Report of the Imperial Institute of Veterinary Research, Muktesar
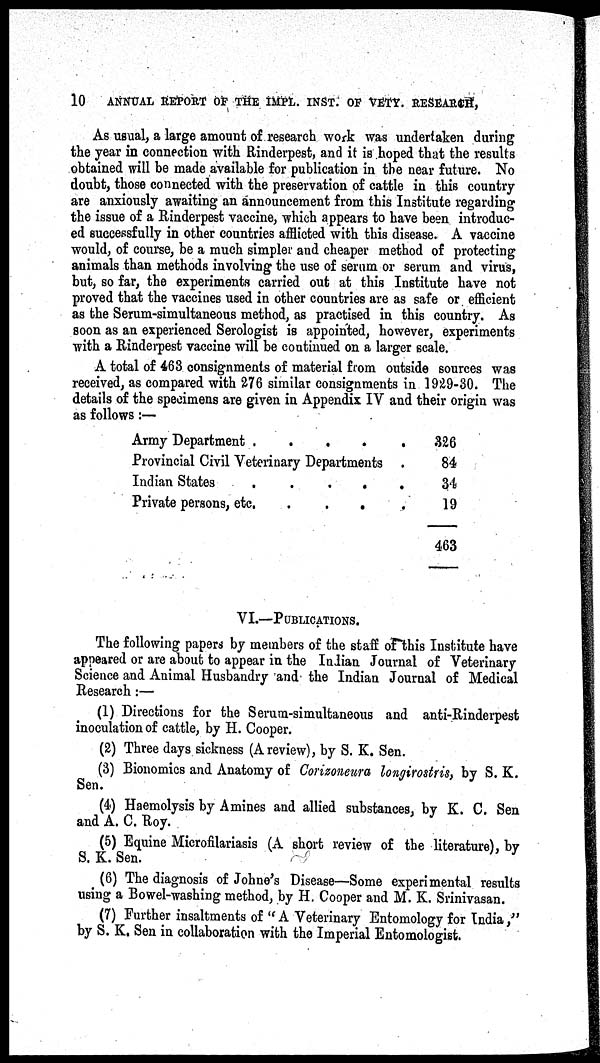
10
ANNUAL REPORT OF THE IMPL. INST. OF VETY. RESEARCH,
As usual, a large amount of research work was undertaken during
the year in connection with Rinderpest, and it is hoped that the results
obtained will be made available for publication in the near future. No
doubt, those connected with the preservation of cattle in this country
are anxiously awaiting an announcement from this Institute regarding
the issue of a Rinderpest vaccine, which appears to have been introduc-
ed successfully in other countries afflicted with this disease. A vaccine
would, of course, be a much simpler and cheaper method of protecting
animals than methods involving the use of serum or serum and virus,
but, so far, the experiments carried out at this Institute have not
proved that the vaccines used in other countries are as safe or efficient
as the Serum-simultaneous method, as practised in this country. As
soon as an experienced Serologist is appointed, however, experiments
with a Rinderpest vaccine will be continued on a larger scale.
A total of 463 consignments of material from outside sources was
received, as compared with 276 similar consignments in 1929-30. The
details of the specimens are given in Appendix IV and their origin was
as follows:—
Army Department
.
.
.
Provincial Civil Veterinary Departments .
Indian States
.....
Private persons, etc,
....
326
84
34
19
463
VI.—PUBLICATION.
The following papers by members of the staff of this Institute have
appeared or are about to appear in the Indian Journal of Veterinary
Science and Animal Husbandry and the Indian Journal of Medical
Research:—
(1) Directions for the Serum-simultaneous and anti-Rinderpest
inoculation of cattle, by H. Cooper.
(2) Three days sickness (Areview), by S. K. Sen.
(3) Bionomics and Anatomy of Corizoneura longirostris, by S. K.
Sen.
(4) Haemolysis by Amines and allied substances, by K. C. Sen
and A. C. Roy.
(5) Equine Microfilariasis (A short review of the literature), by
S. K. Sen.
(6) The diagnosis of Johne's Disease—Some experimental results
using a Bowel-washing method, by H. Cooper and M. K. Srinivasan.
(7) Further insaltments of "A Veterinary Entomology for India,"
by S. K. Sen in collaboration with the Imperial Entomologist.